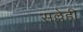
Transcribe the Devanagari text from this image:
सल्लेही